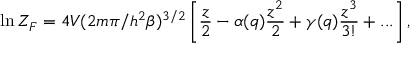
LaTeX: \ln { \cal Z } _ { F } = 4 V ( 2 m \pi / h ^ { 2 } \beta ) ^ { 3 / 2 } \left[ \frac { z } { 2 } - \alpha ( q ) \frac { z ^ { 2 } } { 2 } + \gamma ( q ) \frac { z ^ { 3 } } { 3 ! } + . . . \right] ,